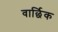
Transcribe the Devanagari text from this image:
वार्छिक